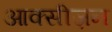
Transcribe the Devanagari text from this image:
आक्सीज़न